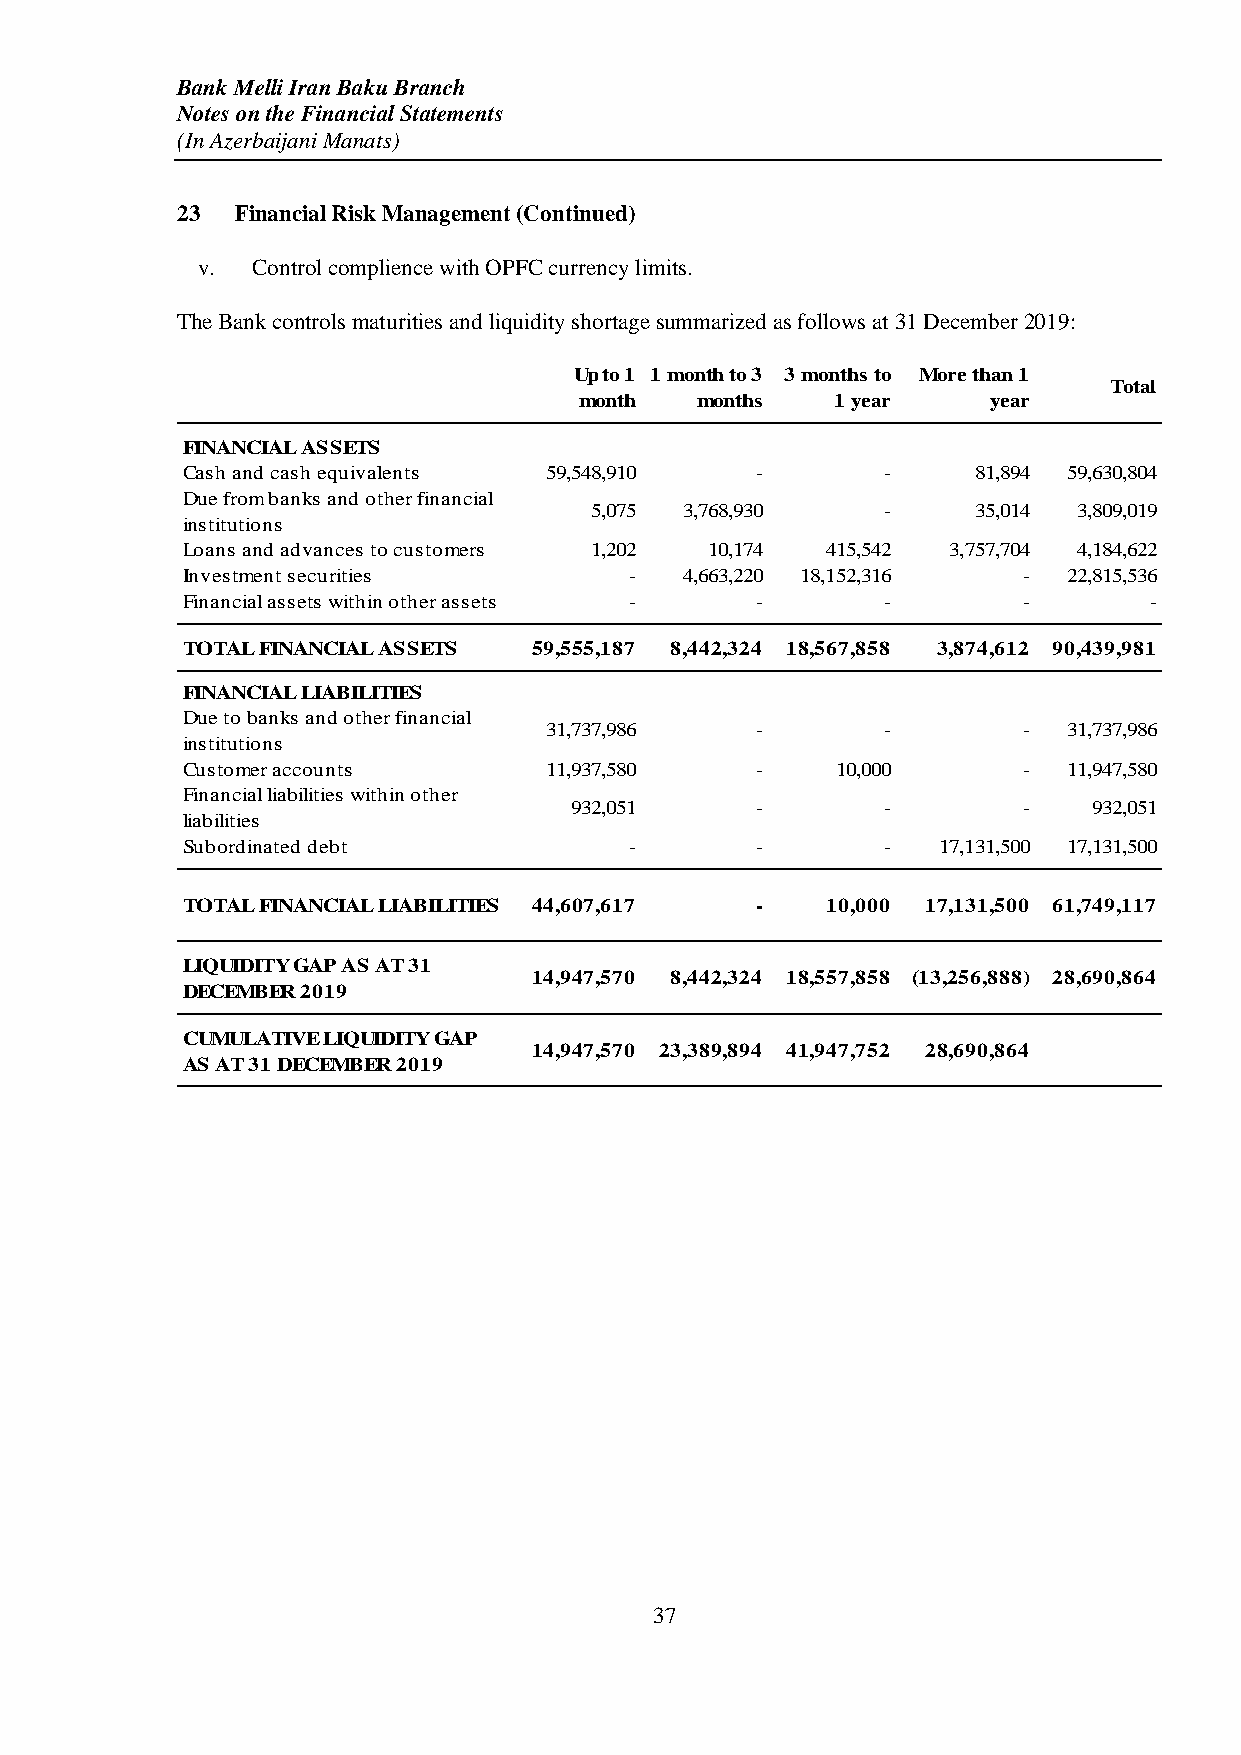
Bank Melli Iran Baku Branch
 Notes on the Financial Statements
 (In Azerbaijani Manats)
 23  Financial Risk Management (Continued)
 v.  Control complience with OPFC currency limits.
 The Bank controls maturities and liquidity shortage summarized as follows at 31 December 2019:
 Up to 1 1 month to 3 3 months to More than 1
 Total
 month   months   1 year    year
 FINANCIAL ASSETS
 Cash and cash equivalents 59,548,910  -       -     81,894 59,630,804
 Due from banks and other financial
 5,075 3,768,930    -     35,014 3,809,019
 institutions
 Loans and advances to customers 1,202 10,174 415,542 3,757,704 4,184,622
 Investment securities         -  4,663,220 18,152,316   -  22,815,536
 Financial assets within other assets - -      -         -       -
 TOTAL FINANCIAL ASSETS 59,555,187 8,442,324 18,567,858 3,874,612 90,439,981
 FINANCIAL LIABILITIES
 Due to banks and other financial
 31,737,986    -       -         -  31,737,986
 institutions
 Customer accounts       11,937,580    -    10,000       -  11,947,580
 Financial liabilities within other
 932,051     -       -         -   932,051
 liabilities
 Subordinated debt             -       -       -   17,131,500 17,131,500
 TOTAL FINANCIAL LIABILITIES 44,607,617 -   10,000 17,131,500 61,749,117
 LIQUIDITY GAP AS AT 31
 14,947,570 8,442,324 18,557,858 (13,256,888) 28,690,864
 DECEMBER 2019
 CUMULATIVE LIQUIDITY GAP
 14,947,570 23,389,894 41,947,752 28,690,864
 AS AT 31 DECEMBER 2019
 37